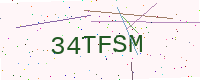
Text: 34TFSM